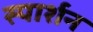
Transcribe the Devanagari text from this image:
स्पार्शन